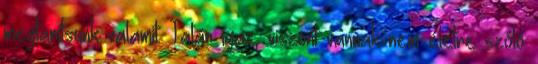
megtanítsunk valamit. Talán igaz, viszont vannak nem életre szóló